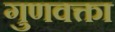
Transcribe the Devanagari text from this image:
गुणवक्ता